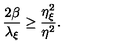
\frac { 2 \beta } { \lambda _ { \xi } } \geq \frac { \eta _ { \xi } ^ { 2 } } { \eta ^ { 2 } } .